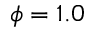
\phi = 1 . 0